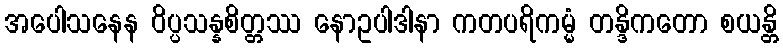
အပေါသနေန ဝိပ္ပသန္နစိတ္တဿ နောဥပါဒါနာ ကတပရိကမ္မံ တန္ဒိကတော စယန္တိ